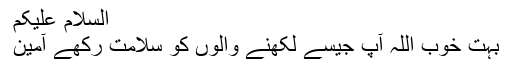
السلام علیکم
بہت خوب اللہ آپ جیسے لکھنے والوں کو سلامت رکھے آمین